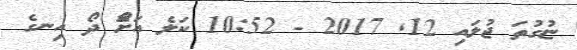
ޏުގުތަަ ޖުލައި 12